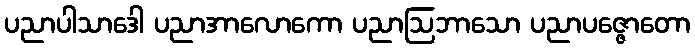
ပညာပါသာဒေါ ပညာအာလောကော ပညာဩဘာသော ပညာပဇ္ဇောတော